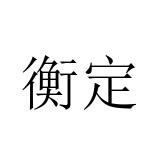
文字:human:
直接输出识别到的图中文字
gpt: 衡定